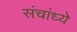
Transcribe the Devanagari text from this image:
संचांध्ये